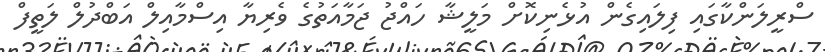
ސްރީލަންކާގައި ފިލައިގެން އުޅެނިކޮށް މަލީޝާ ހައްޖު ޖަމާއަތުގެ ވެރިޔާ އިސްމާއިލް އަބްދުލް ލަތީފް